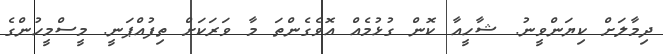
ދިމާލަށް ކިޔަންވީނު. ޝާހީއާ ކޮން ގުޅުމެއް އޮވެގެންތަ މާ ވަރަކަށް ތިފުއްޕަނީ. މީސްމީހުންގެ